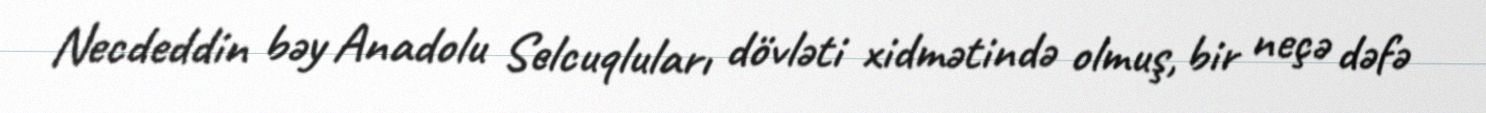
Necdeddin bəy Anadolu Selcuqluları dövləti xidmətində olmuş, bir neçə dəfə